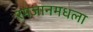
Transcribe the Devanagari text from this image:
रमजानमधला